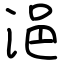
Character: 浥